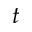
t